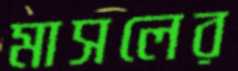
মাসলের